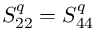
S _ { 2 2 } ^ { q } = S _ { 4 4 } ^ { q }